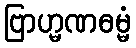
ဗြာဟ္မဏဓမ္မံ